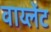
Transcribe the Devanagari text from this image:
वाय्लेंट